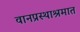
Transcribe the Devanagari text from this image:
वानप्रस्थाश्रमात